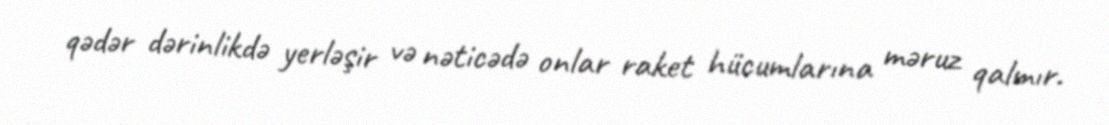
qədər dərinlikdə yerləşir və nəticədə onlar raket hücumlarına məruz qalmır.